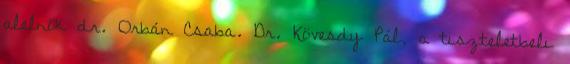
alelnök dr. Orbán Csaba. Dr. Kövesdy Pál, a tiszteletbeli